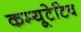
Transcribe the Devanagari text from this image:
कम्यूटेटिव